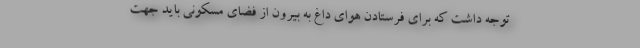
توجه داشت که برای فرستادن هوای داغ به بیرون از فضای مسکونی باید جهت